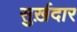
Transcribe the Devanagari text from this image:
सुर्ख़दार